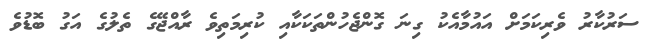
ސަރުކާރު ވެރިކަމަށް އައުމާއެކު ގިނަ ގޮންޖެހުންތަކަކާއި ކުރިމަތިވެ ރާއްޖޭގެ ތެލުގެ އަގު ބޮޑުވެ